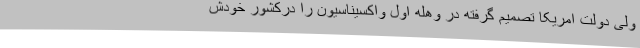
ولی دولت امریکا تصمیم گرفته در وهله اول واکسیناسیون را درکشور خودش